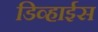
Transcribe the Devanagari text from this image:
डिव्हाईस